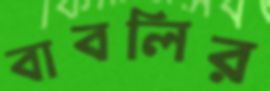
বাবলির